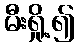
မီးရှို့၍